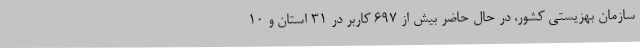
سازمان بهزیستی کشور، در حال حاضر بیش از ۶۹۷ کاربر در ۳۱ استان و ۱۰